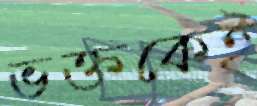
ভক্তকেই